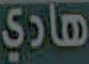
هادي